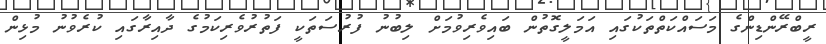
ރީބްރޭންޑިންގެ މަސައްކަތްތަކުގައި އަމަލީގޮތުން ބައިވެރިވުމަށް ލިބުނު ފުރުސަތަކީ ފަތުރުވެރިކަމުގެ ދާއިރާގައި ކުރެވުނު މުޅިން